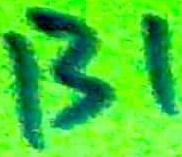
Text: 131